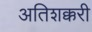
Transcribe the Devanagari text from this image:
अतिशक्करी